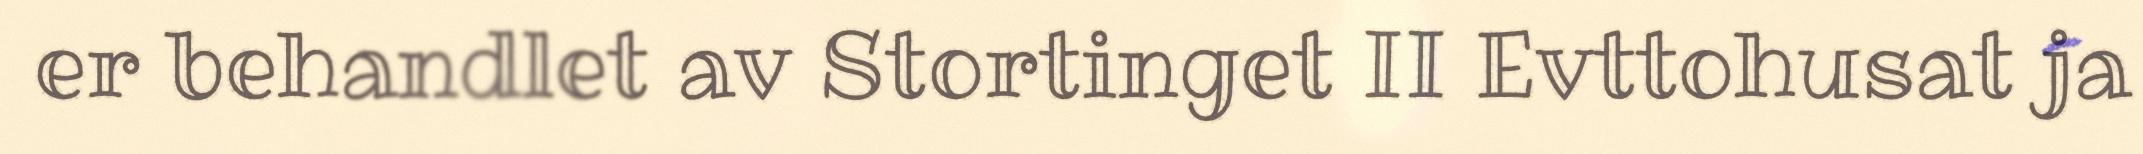
er behandlet av Stortinget II Evttohusat ja